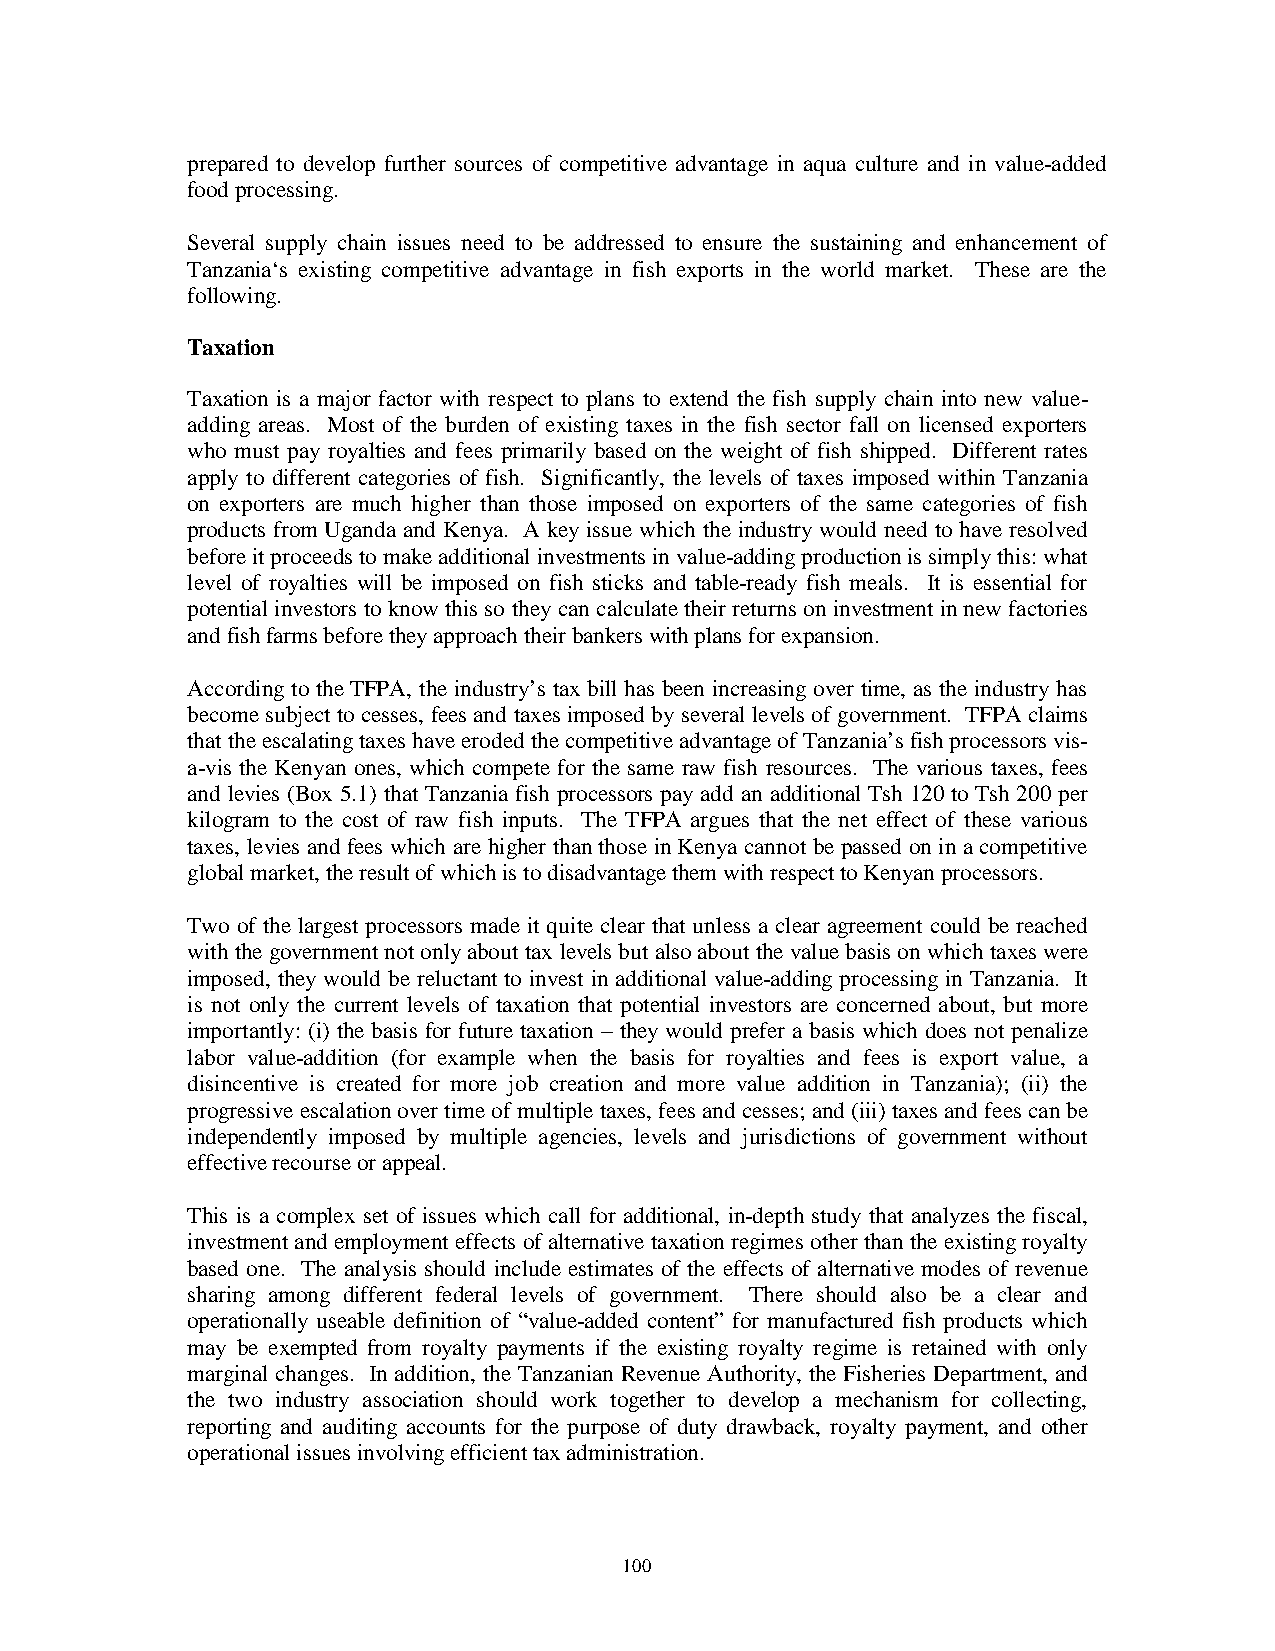
prepared to develop further sources of competitive advantage in aqua culture and in value-added
 food processing.
 Several supply chain issues need to be addressed to ensure the sustaining and enhancement of
 Tanzania‘s existing competitive advantage in fish exports in the world market. These are the
 following.
 Taxation
 Taxation is a major factor with respect to plans to extend the fish supply chain into new value-
 adding areas. Most of the burden of existing taxes in the fish sector fall on licensed exporters
 who must pay royalties and fees primarily based on the weight of fish shipped. Different rates
 apply to different categories of fish. Significantly, the levels of taxes imposed within Tanzania
 on exporters are much higher than those imposed on exporters of the same categories of fish
 products from Uganda and Kenya. A key issue which the industry would need to have resolved
 before it proceeds to make additional investments in value-adding production is simply this: what
 level of royalties will be imposed on fish sticks and table-ready fish meals. It is essential for
 potential investors to know this so they can calculate their returns on investment in new factories
 and fish farms before they approach their bankers with plans for expansion.
 According to the TFPA, the industry’s tax bill has been increasing over time, as the industry has
 become subject to cesses, fees and taxes imposed by several levels of government. TFPA claims
 that the escalating taxes have eroded the competitive advantage of Tanzania’s fish processors vis-
 a-vis the Kenyan ones, which compete for the same raw fish resources. The various taxes, fees
 and levies (Box 5.1) that Tanzania fish processors pay add an additional Tsh 120 to Tsh 200 per
 kilogram to the cost of raw fish inputs. The TFPA argues that the net effect of these various
 taxes, levies and fees which are higher than those in Kenya cannot be passed on in a competitive
 global market, the result of which is to disadvantage them with respect to Kenyan processors.
 Two of the largest processors made it quite clear that unless a clear agreement could be reached
 with the government not only about tax levels but also about the value basis on which taxes were
 imposed, they would be reluctant to invest in additional value-adding processing in Tanzania. It
 is not only the current levels of taxation that potential investors are concerned about, but more
 importantly: (i) the basis for future taxation – they would prefer a basis which does not penalize
 labor value-addition (for example when the basis for royalties and fees is export value, a
 disincentive is created for more job creation and more value addition in Tanzania); (ii) the
 progressive escalation over time of multiple taxes, fees and cesses; and (iii) taxes and fees can be
 independently imposed by multiple agencies, levels and jurisdictions of government without
 effective recourse or appeal.
 This is a complex set of issues which call for additional, in-depth study that analyzes the fiscal,
 investment and employment effects of alternative taxation regimes other than the existing royalty
 based one. The analysis should include estimates of the effects of alternative modes of revenue
 sharing among different federal levels of government. There should also be a clear and
 operationally useable definition of “value-added content” for manufactured fish products which
 may be exempted from royalty payments if the existing royalty regime is retained with only
 marginal changes. In addition, the Tanzanian Revenue Authority, the Fisheries Department, and
 the two industry association should work together to develop a mechanism for collecting,
 reporting and auditing accounts for the purpose of duty drawback, royalty payment, and other
 operational issues involving efficient tax administration.
 100